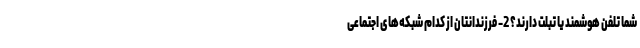
شما تلفن هوشمند یا تبلت دارند؟ 2- فرزندانتان از کدام شبکه‌های اجتماعی